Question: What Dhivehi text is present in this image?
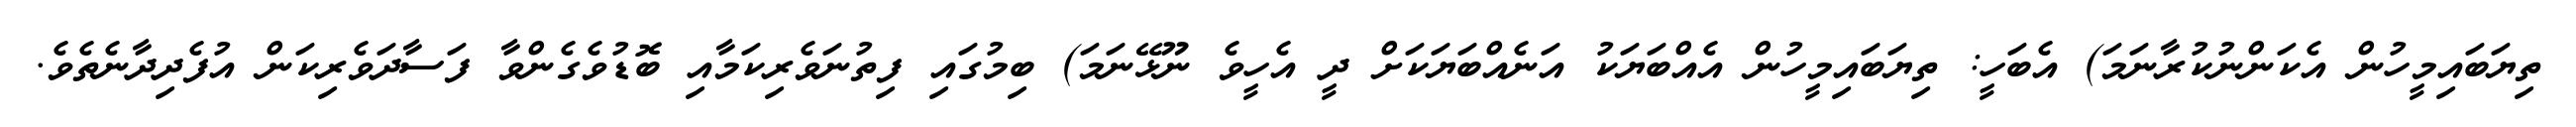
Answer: ތިޔަބައިމީހުން އެކަންނުކުރާނަމަ) އެބަހީ: ތިޔަބައިމީހުން އެއްބަޔަކު އަނެއްބަޔަކަށް ދީ އެހީވެ ނޫޅޭނަމަ) ބިމުގައި ފިތުނަވެރިކަމާއި ބޮޑުވެގެންވާ ފަސާދަވެރިކަން އުފެދިދާނެތެވެ.